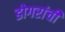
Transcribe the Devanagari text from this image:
डोगरांची